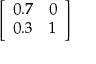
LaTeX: \left[ \begin{array} { l l } { 0 . 7 } & { 0 } \\ { 0 . 3 } & { 1 } \end{array} \right]